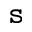
\tt s